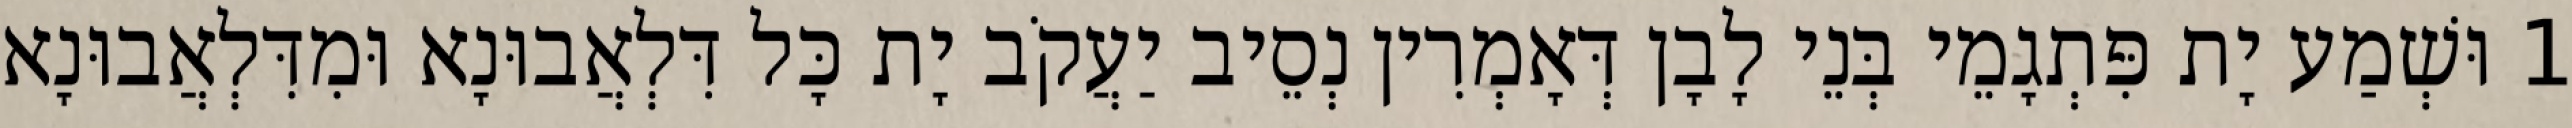
1 וּשְׁמַע יָת פִּתְגָמֵי בְּנֵי לָבָן דְּאָמְרִין נְסֵיב יַעֲקֹב יָת כָּל דִּלְאֲבוּנָא וּמִדִּלְאֲבוּנָא